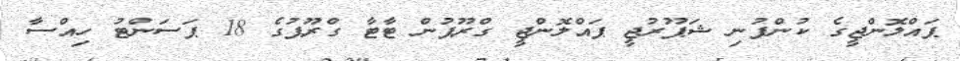
ޕައްލޮންޖީގެ ކުންފުނި ޝަޕޫރުޖީ ޕައްލޮންޖީ ގްރޫޕުން ޓާޓާ ގްރޫޕުގެ 18 ޕަސަންޓު ހިއްސާ